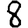
Digit: 8